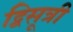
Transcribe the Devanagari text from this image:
द्विसूत्री